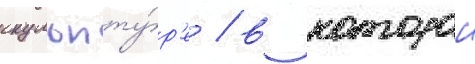
скульпту́р'е / в которои